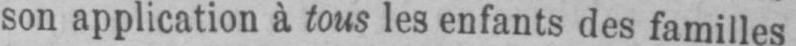
son application à tous les enfants des familles